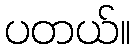
ပတယ်။